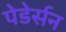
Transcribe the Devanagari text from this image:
पेडेर्सन